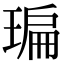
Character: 㻞